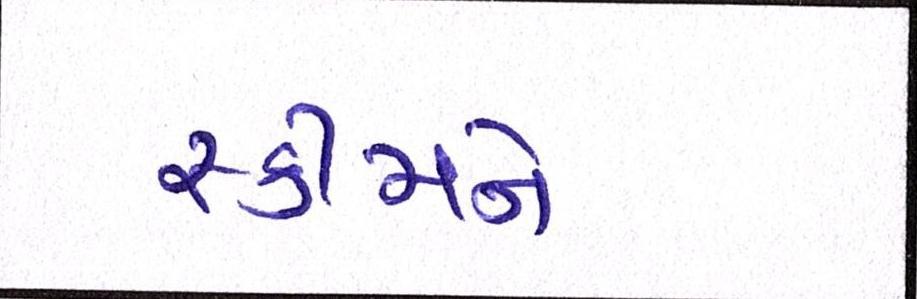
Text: સ્કીમને